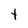
Character: t